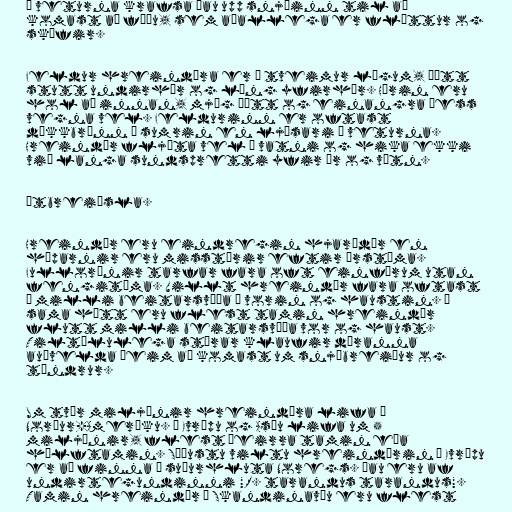
Á veturna krafsa þau upp snjóinn til að
komast að fæðu, sem aðallega er fléttur og
skófir.

Feldur hreindýra er í tveimur lögum, þétt
stutt undirhár og löng yfirhár. Hárin eru
hol að innan, mjög þétt og einangra þess
vegna vel. Feldurinn er oftast
dökkbrúnn á sumrin en ljósari á veturna.
Hreindýr fljóta vel í vatni og hika ekki
við langa sundspretti yfir ár og vötn.

Útbreiðsla.

Hreindýr eru eindregin hjarðdýr en
hóparnir eru misstórir eftir árstíma.
Fullorðnir tarfar fara oft einförum utan
fengitíma. Villt hreindýr fara oftast
á milli beitarsvæða á vorin og haustin. Á
sama hátt eru flest tamin hreindýr
flutt milli beitarsvæða vor og haust.
Tiltölulega stórar klaufir dýranna
auðvelda þeim að komast um snjóbreiður og
túndrur.

Um tvær miljónir hreindýra lifa í
Norður-Ameríku. Í Evrópu og Asíu lifa um 5
miljónir, flest þeirra tamin eða
hálftamin. Síðustu viltu hreindýrin í Evrópu
er að finna í suðurhluta Noregs. Þau eru af
undirtegundinni "R. tarandus tarandus".
Tamin hreindýr í Skandinavíu eru flest